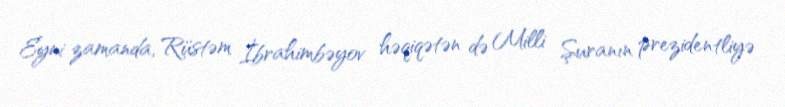
Eyni zamanda, Rüstəm İbrahimbəyov həqiqətən də Milli Şuranın prezidentliyə